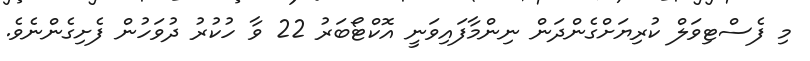
މި ފެސްޓިވަލް ކުރިޔަށްގެންދަން ނިންމާފައިވަނީ އޮކްޓޯބަރު 22 ވާ ހުކުރު ދުވަހުން ފެށިގެންނެވެ.